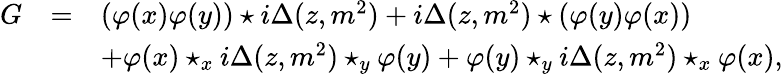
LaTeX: \begin{array}{rcl}{{G}}&{{=}}&{{(\varphi(x)\varphi(y))\star i\Delta(z,m^{2})+i\Delta(z,m^{2})\star(\varphi(y)\varphi(x))}}\\ {{}}&{{}}&{{+\varphi(x)\star_{x}i\Delta(z,m^{2})\star_{y}\varphi(y)+\varphi(y)\star_{y}i\Delta(z,m^{2})\star_{x}\varphi(x),}}\end{array}